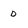
Character: D